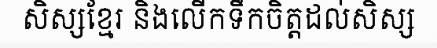
សិស្សខ្មែរ និងលើកទឹកចិត្តដល់សិស្ស